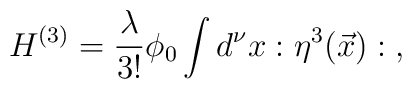
H^{(3)}={\lambda\over {3!}} \phi_0 \int d^{\nu} x : {\eta}^3(\vec{x}) : \; ,